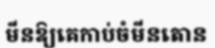
មីនឱ្យគេកាប់ចំមីនតោន